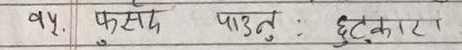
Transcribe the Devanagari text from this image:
१५. फुर्सद पाउनु : छुटकारा